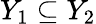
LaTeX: Y_{1}\subseteq Y_{2}